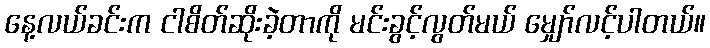
နေ့လယ်ခင်းက ငါစိတ်ဆိုးခဲ့တာကို မင်းခွင့်လွတ်မယ် မျှော်လင့်ပါတယ်။